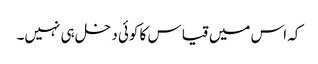
کہ اس میں قیاس کا کوئی دخل ہی نہیں۔